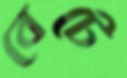
বেটে